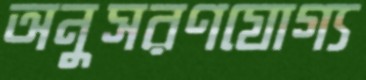
অনুসরণযোগ্য